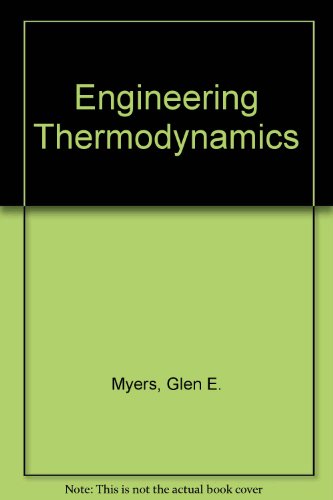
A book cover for Engineering Thermodynamics; Glen E. Myers; Science & Math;